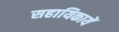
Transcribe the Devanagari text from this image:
सहायिकायें